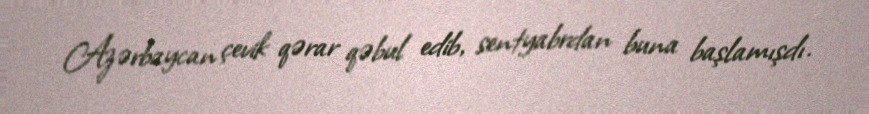
Azərbaycan çevik qərar qəbul edib, sentyabrdan buna başlamışdı.